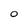
Character: O